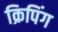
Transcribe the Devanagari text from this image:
क्रिपिंग